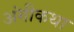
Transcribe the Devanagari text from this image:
अंगीकथा